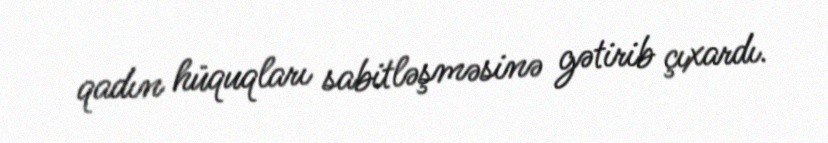
qadın hüquqları sabitləşməsinə gətirib çıxardı.